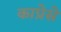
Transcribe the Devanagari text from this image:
काप्रेसे